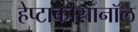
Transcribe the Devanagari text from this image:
हेप्टाकोसानॉल